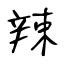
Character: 辣